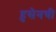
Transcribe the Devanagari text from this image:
हुसेनची